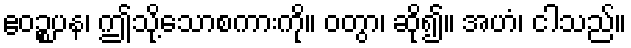
ဧဝဉ္စပန၊ ဤသို့သောစကားကို။ ဝတွာ၊ ဆို၍။ အဟံ၊ ငါသည်။